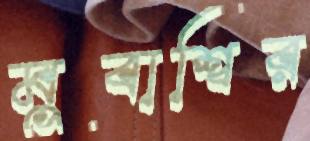
মুবাশ্বির